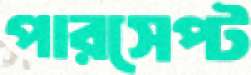
পারসেপ্ট